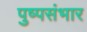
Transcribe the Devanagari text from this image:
पुष्पसंभार